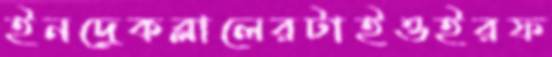
ইনদ্রেকব্‌লালেরটাইওইরফ